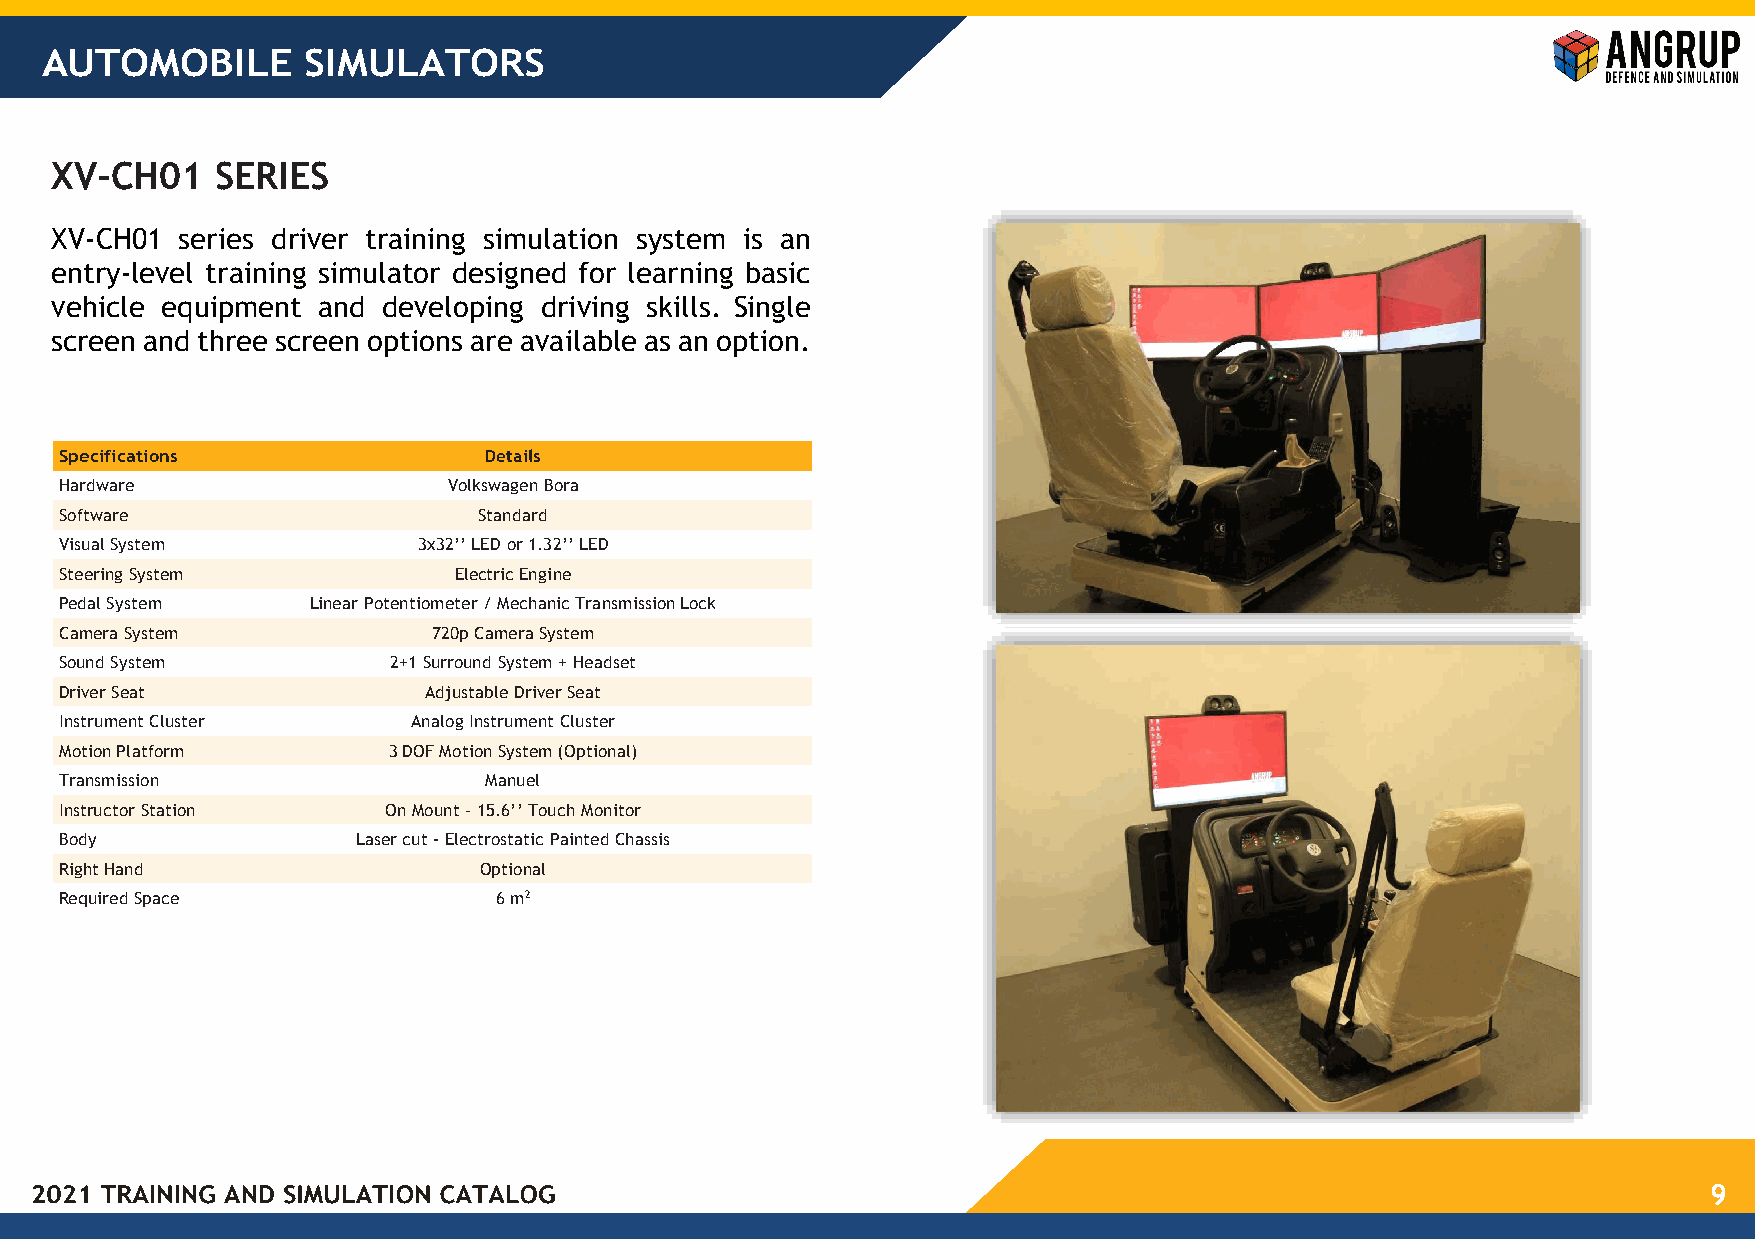
AUTOMOBILE       SIMULATORS
 XV-CH01    SERIES
 XV-CH01  series driver training simulation system is an
 entry-level training simulator designed for learning basic
 vehicle equipment and developing driving skills. Single
 screen and three screen options are available as an option.
 Specifications              Details
 Hardware                  Volkswagen Bora
 Software                    Standard
 Visual System           3x32’’ LED or 1.32’’ LED
 Steering System           Electric Engine
 Pedal System     Linear Potentiometer / Mechanic Transmission Lock
 Camera System            720p Camera System
 Sound System          2+1 Surround System + Headset
 Driver Seat             Adjustable Driver Seat
 Instrument Cluster     Analog Instrument Cluster
 Motion Platform       3 DOF Motion System (Optional)
 Transmission                Manuel
 Instructor Station    On Mount – 15.6’’ Touch Monitor
 Body                Laser cut - Electrostatic Painted Chassis
 Right Hand                  Optional
 Required Space               6 m2
 9